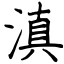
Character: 滇